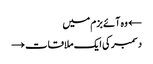
← وہ آئے بزم میں
دسمبر کی ایک ملاقات →